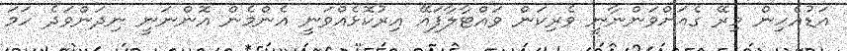
އަޑުއެހިން މިރޭ ގެއަށްވަންނާނީ ވެރިކަން ވައްޓާލާފައޭ އިރުކޮޅެއްވަނީ އެންމެން އޮންނަނީ ނިދަންވަދެ ހަމަ